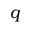
q